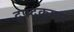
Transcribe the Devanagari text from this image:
द्रुपदकुमार